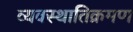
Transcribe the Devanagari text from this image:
व्यवस्थातिक्रमण